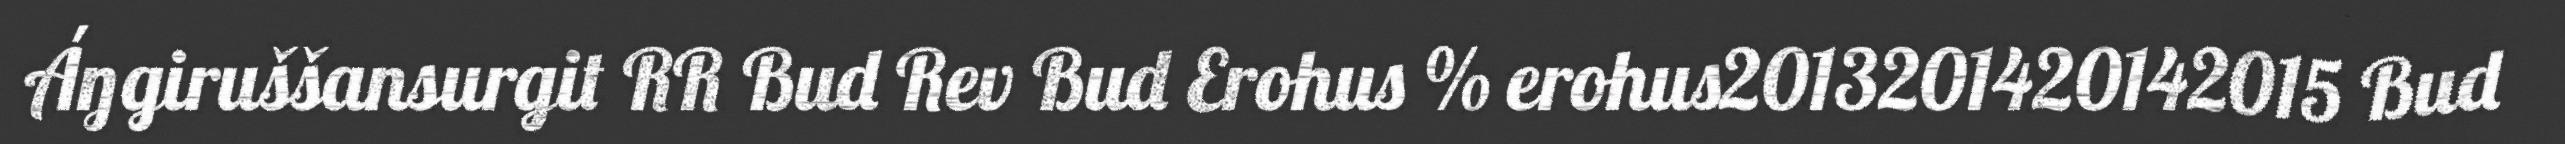
Áŋgiruššansurgit RR Bud Rev Bud Erohus % erohus2013201420142015 Bud